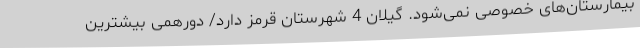
بیمارستان‌های خصوصی نمی‌شود. گیلان 4 شهرستان قرمز دارد/ دورهمی بیشترین